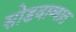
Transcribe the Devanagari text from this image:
सोडवाव्यात